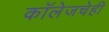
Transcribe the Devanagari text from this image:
कॉलेजचेही